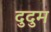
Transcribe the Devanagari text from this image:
दुदुम